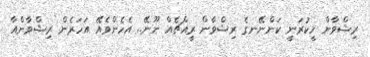
ރިޝްވާން ހީކުރަނީ ކަންނޭނގެ ރިޝްވާން ރީއްޗެއް ނޫނޭ.. އެހެންވެއޭ އަހަރެން ރިޝްވާންއާާ